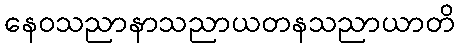
နေဝသညာနာသညာယတနသညာယာတိ